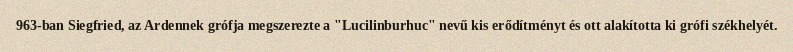
963-ban Siegfried, az Ardennek grófja megszerezte a "Lucilinburhuc" nevű kis erődítményt és ott alakította ki grófi székhelyét.